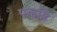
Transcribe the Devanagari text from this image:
एव्हढि